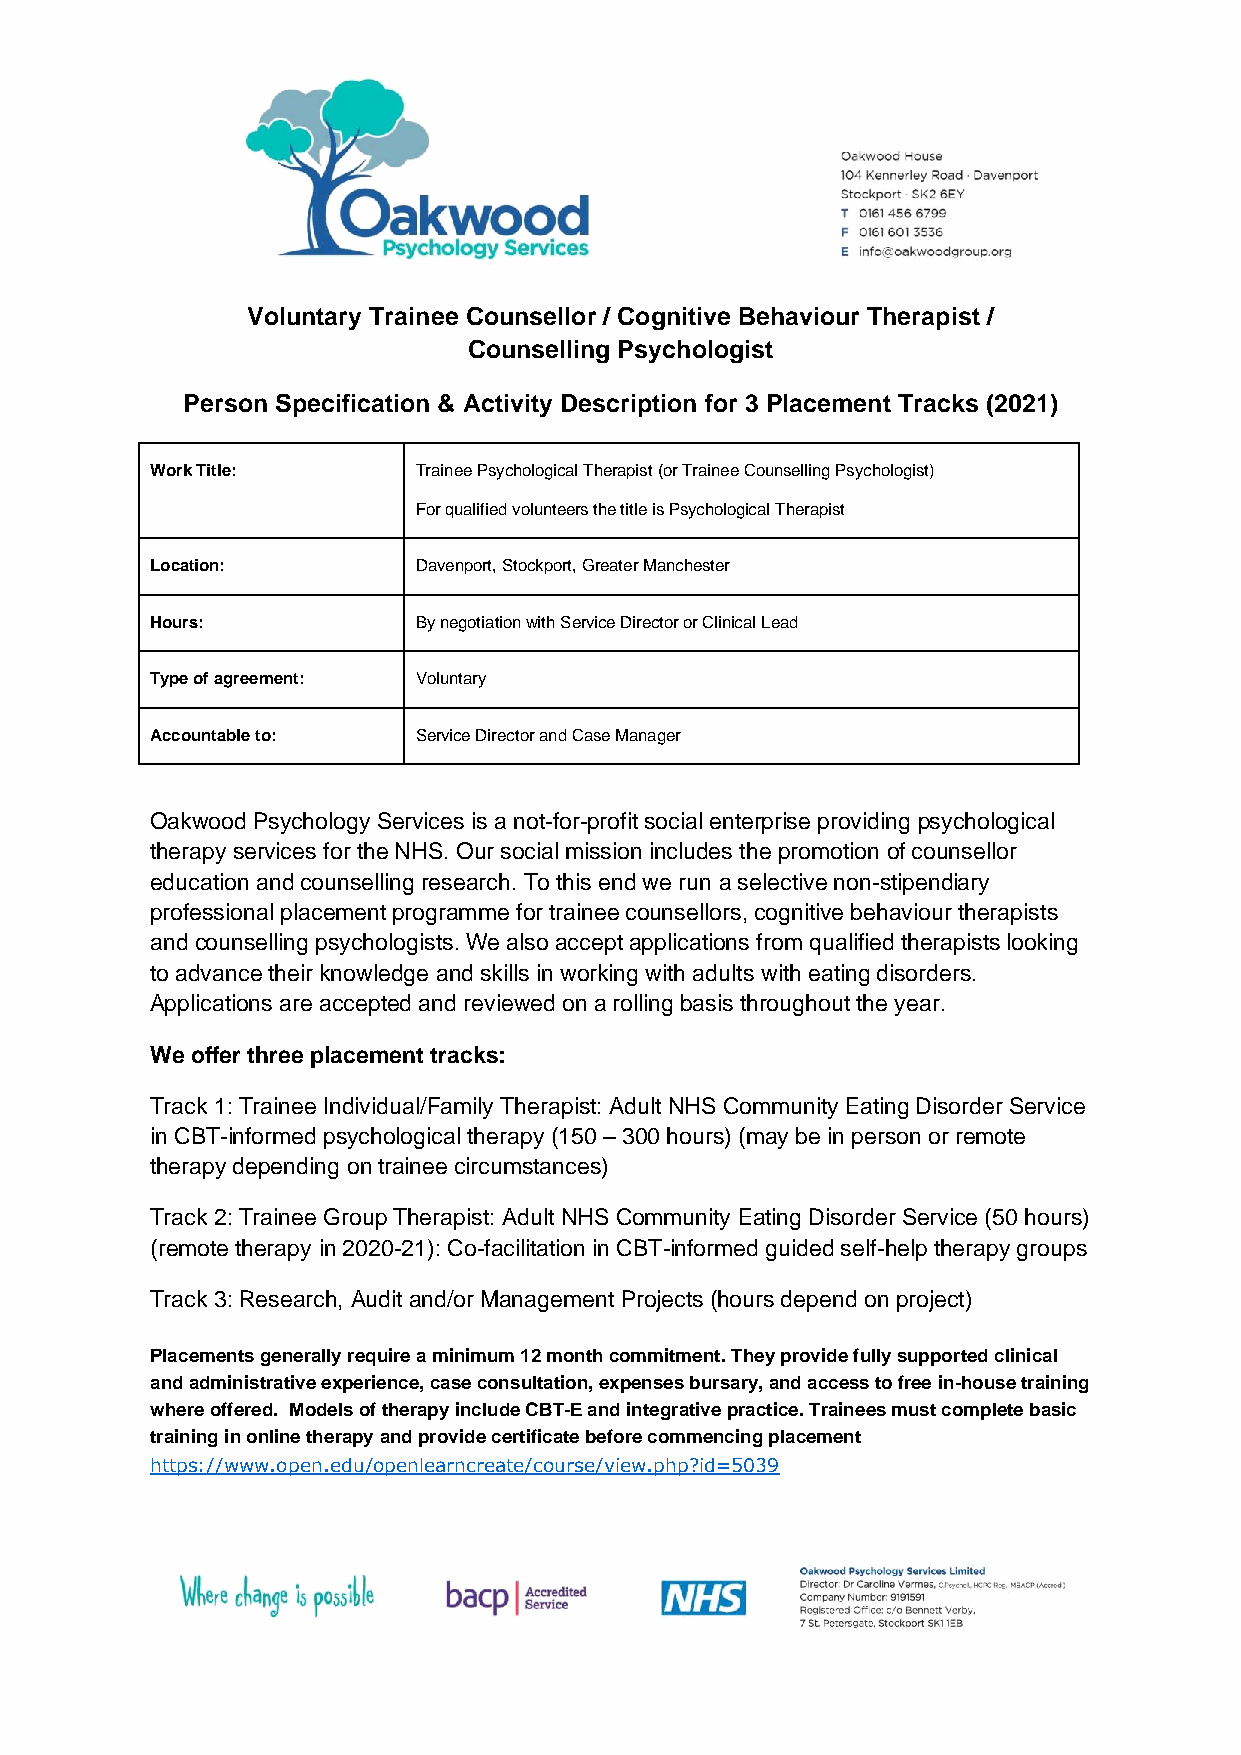
Voluntary Trainee Counsellor / Cognitive Behaviour Therapist /
 Counselling Psychologist
 Person Specification & Activity Description for 3 Placement Tracks (2021)
 Work Title:      Trainee Psychological Therapist (or Trainee Counselling Psychologist)
 For qualified volunteers the title is Psychological Therapist
 Location:        Davenport, Stockport, Greater Manchester
 Hours:           By negotiation with Service Director or Clinical Lead
 Type of agreement: Voluntary
 Accountable to:  Service Director and Case Manager
 Oakwood Psychology Services is a not-for-profit social enterprise providing psychological
 therapy services for the NHS. Our social mission includes the promotion of counsellor
 education and counselling research. To this end we run a selective non-stipendiary
 professional placement programme for trainee counsellors, cognitive behaviour therapists
 and counselling psychologists. We also accept applications from qualified therapists looking
 to advance their knowledge and skills in working with adults with eating disorders.
 Applications are accepted and reviewed on a rolling basis throughout the year.
 We offer three placement tracks:
 Track 1: Trainee Individual/Family Therapist: Adult NHS Community Eating Disorder Service
 in CBT-informed psychological therapy (150 – 300 hours) (may be in person or remote
 therapy depending on trainee circumstances)
 Track 2: Trainee Group Therapist: Adult NHS Community Eating Disorder Service (50 hours)
 (remote therapy in 2020-21): Co-facilitation in CBT-informed guided self-help therapy groups
 Track 3: Research, Audit and/or Management Projects (hours depend on project)
 Placements generally require a minimum 12 month commitment. They provide fully supported clinical
 and administrative experience, case consultation, expenses bursary, and access to free in-house training
 where offered. Models of therapy include CBT-E and integrative practice. Trainees must complete basic
 training in online therapy and provide certificate before commencing placement
 https://www.open.edu/openlearncreate/course/view.php?id=5039